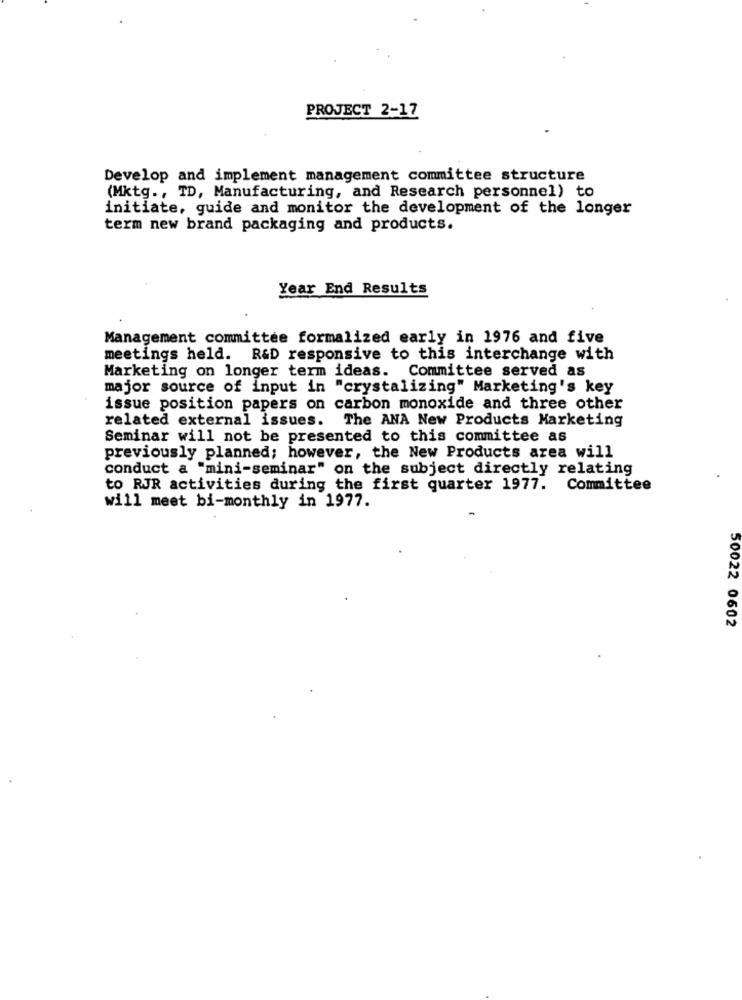
PROJECT 2-17
Develop and implement management committee structure
(Mktg ., TD, Manufacturing, and Research personnel) to
initiate, guide and monitor the development of the longer
term new brand packaging and products.
Year End Results
Management committee formalized early in 1976 and five
meetings held. R&D responsive to this interchange with
Marketing on longer term ideas. Committee served as
major source of input in "crystalizing" Marketing's key
issue position papers on carbon monoxide and three other
related external issues. The ANA New Products Marketing
Seminar will not be presented to this committee as
previously planned; however, the New Products area will
conduct a "mini-seminar" on the subject directly relating
to RJR activities during the first quarter 1977. Committee
will meet bi-monthly in 1977.
50022 0602